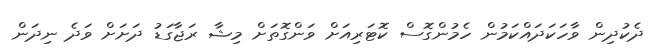
ދެކުދިން ވާހަކަދައްކަމުން ހެމުންގޮސް ކޮޓަރިއަށް ވަންގޮތަށް މިޝާ ރަޖާގަޑު ދަށަށް ވަދެ ނިދަން